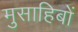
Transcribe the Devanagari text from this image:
मुसाहिबों